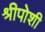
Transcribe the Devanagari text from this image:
श्रीपोशी